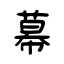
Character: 幕